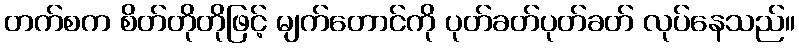
တက်စက စိတ်တိုတိုဖြင့် မျက်တောင်ကို ပုတ်ခတ်ပုတ်ခတ် လုပ်နေသည်။